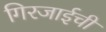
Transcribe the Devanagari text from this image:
गिरजाईची